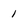
Character: 1